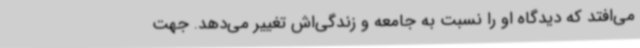
می‌افتد که دیدگاه او را نسبت به جامعه و زندگی‌اش تغییر می‌دهد. جهت